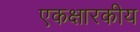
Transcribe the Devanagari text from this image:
एकक्षारकीय